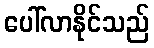
ပေါ်လာနိုင်သည်